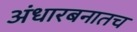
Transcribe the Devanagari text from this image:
अंधारबनातच